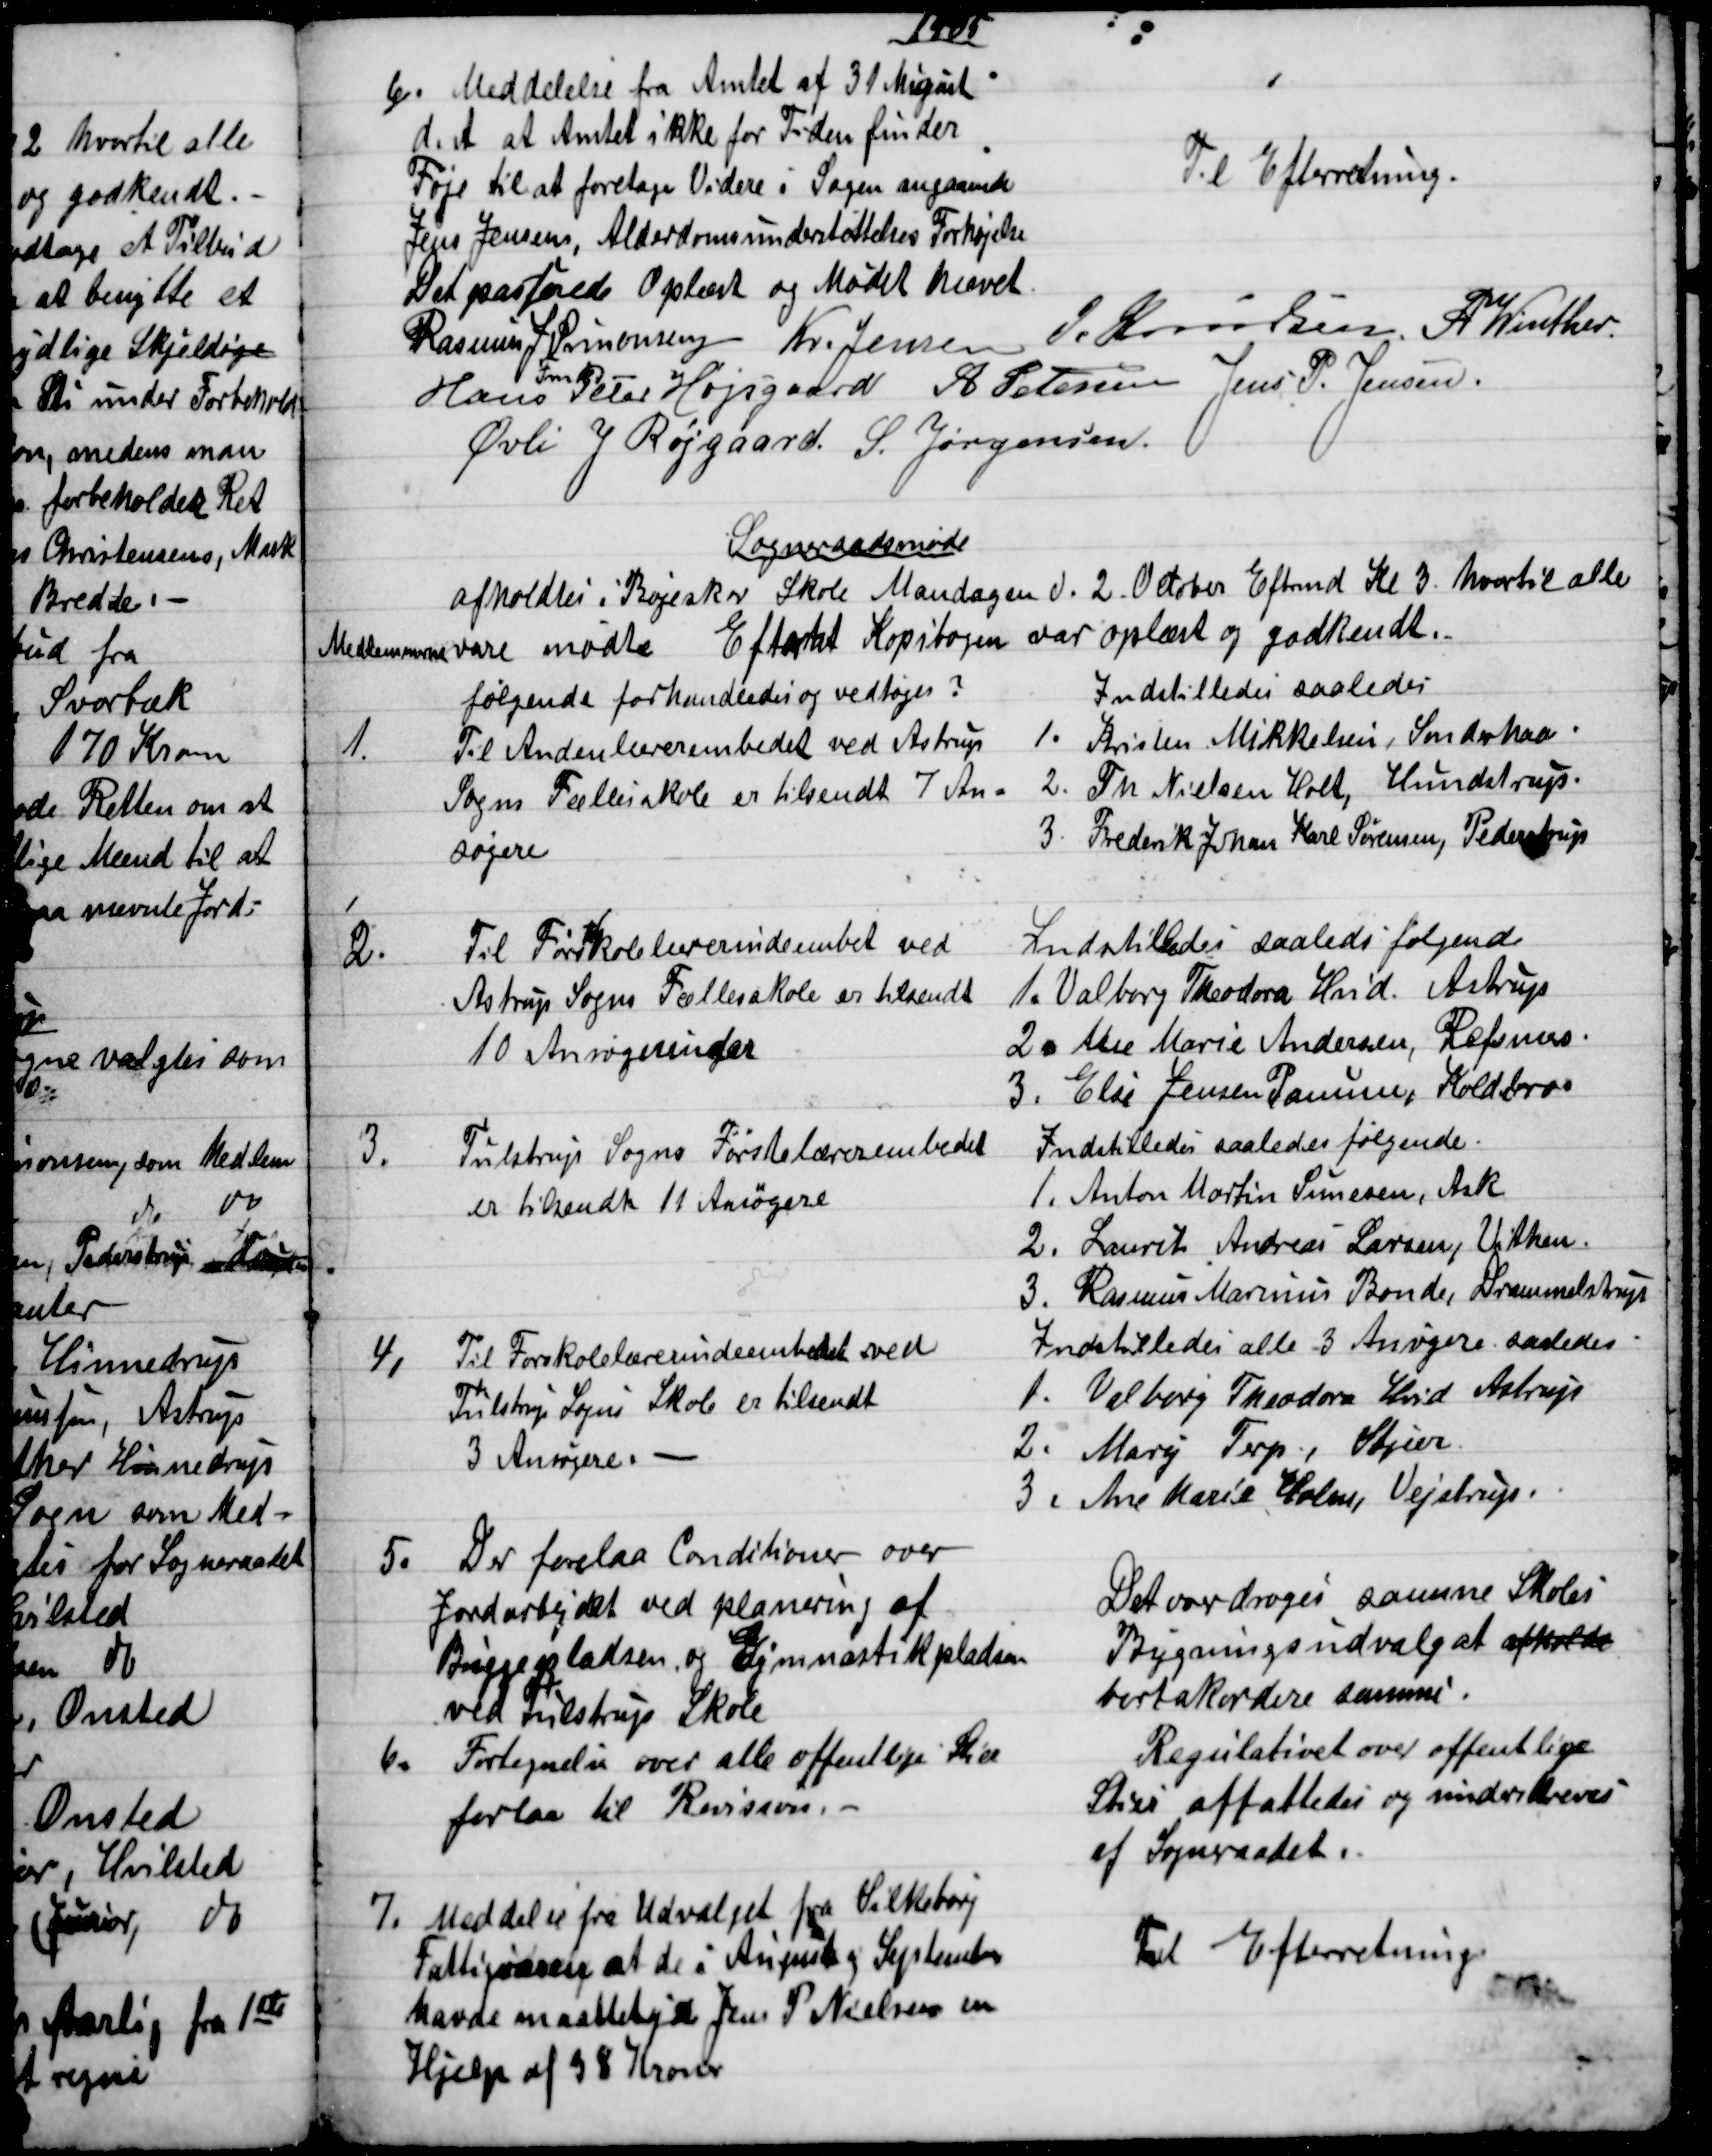
Transskription:
1905
6). Meddelelse fra Amtet af 31 August
d. A. at Amtet ikke for Tiden finder
Føje til at foretage Videre i Sagen angaaende
Jens Jensens, Alderdomsunderstøttelses Forhøjelse
Til Efterretning.
Det passerede Oplæst og Mødet hævet
Rasmus J. Simonsen 
Fmd
Kr. Jensen
J. Knudsen. A. Winther.
Hans Peter Højsgaard A Petersen Jens P. Jensen.
Øvli J Røjgaard. S. Jørgensen.
Sogneraadsmøde
afholdtes i Bøgeskov Skole Mandagen d. 2. October Eftrmd Kl 3 hvortil alle
Medlemmerne vare mødte. Efterat Kopibogen var oplæst og godkendt.
følgende forhandledes og vedtoges?
1.
Til Andenlærerembedet ved Astrup
Sogns Fællesskole er tilsendt 7 An-
søgere
Indstilledes saaledes
1. Kristen Mikkelsen, Sønderhaa
2. Th Nielsen Holt, Hundstrup.
3. Frederik Johan Karl Sørensen, Pederstrup
2.
Til Førskolelærerindeembet ved
Astrup Sogns Fællesskole er tilsendt
10 Ansøgerinder
Indstilledes saaledes følgende
1. Valborg Theodora Hvid. Astrup
2. Ane Marie Andersen, Refsnæs.
3. Else Jensen Panum, Koldbro
3.
Tulstrup Sogns Førstelærerembedet
er tilsendt 11 Ansøgere
Indstilledes saaledes følgende.
1. Anton Martin Sunesen, Ask
2. Laurits Andreas Larsen, Vithen.
3. Rasmus Marinus Bonde, Drammelstrup
4,
Til Forskolelærerindeembedet ved
Tulstrup Sogns Skole er tilsendt
3 Ansøgere.
Indstilledes alle 3 Ansøgere saaledes:
1. Valborg Theodora Hvid Astrup
2. Mary Terp, Stjær.
3. Ane Marie Holm, Vejstrup.
5.
Der forelaa Conditioner over
Jordarbejdet ved planering af
Byggepladsen, og Gymnastikpladsen
ved Tulstrup Skole
Det overdroges samme Skoles
Bygningsudvalg at afholde
bortakordere samme.
6.
Fortegnelse over alle offentlige Stier
forlaa til Revision.
Regulativet over offentlige
Stier affattedes og underskreves
af Sogneraadet.
7.
Meddelse fra Udvalget fra Silkeborg
Fattigvæsen at de i August og September
havde maatte yde Jens P. Nielsen en
Hjelp af 38 Kroner
Til Efterretning